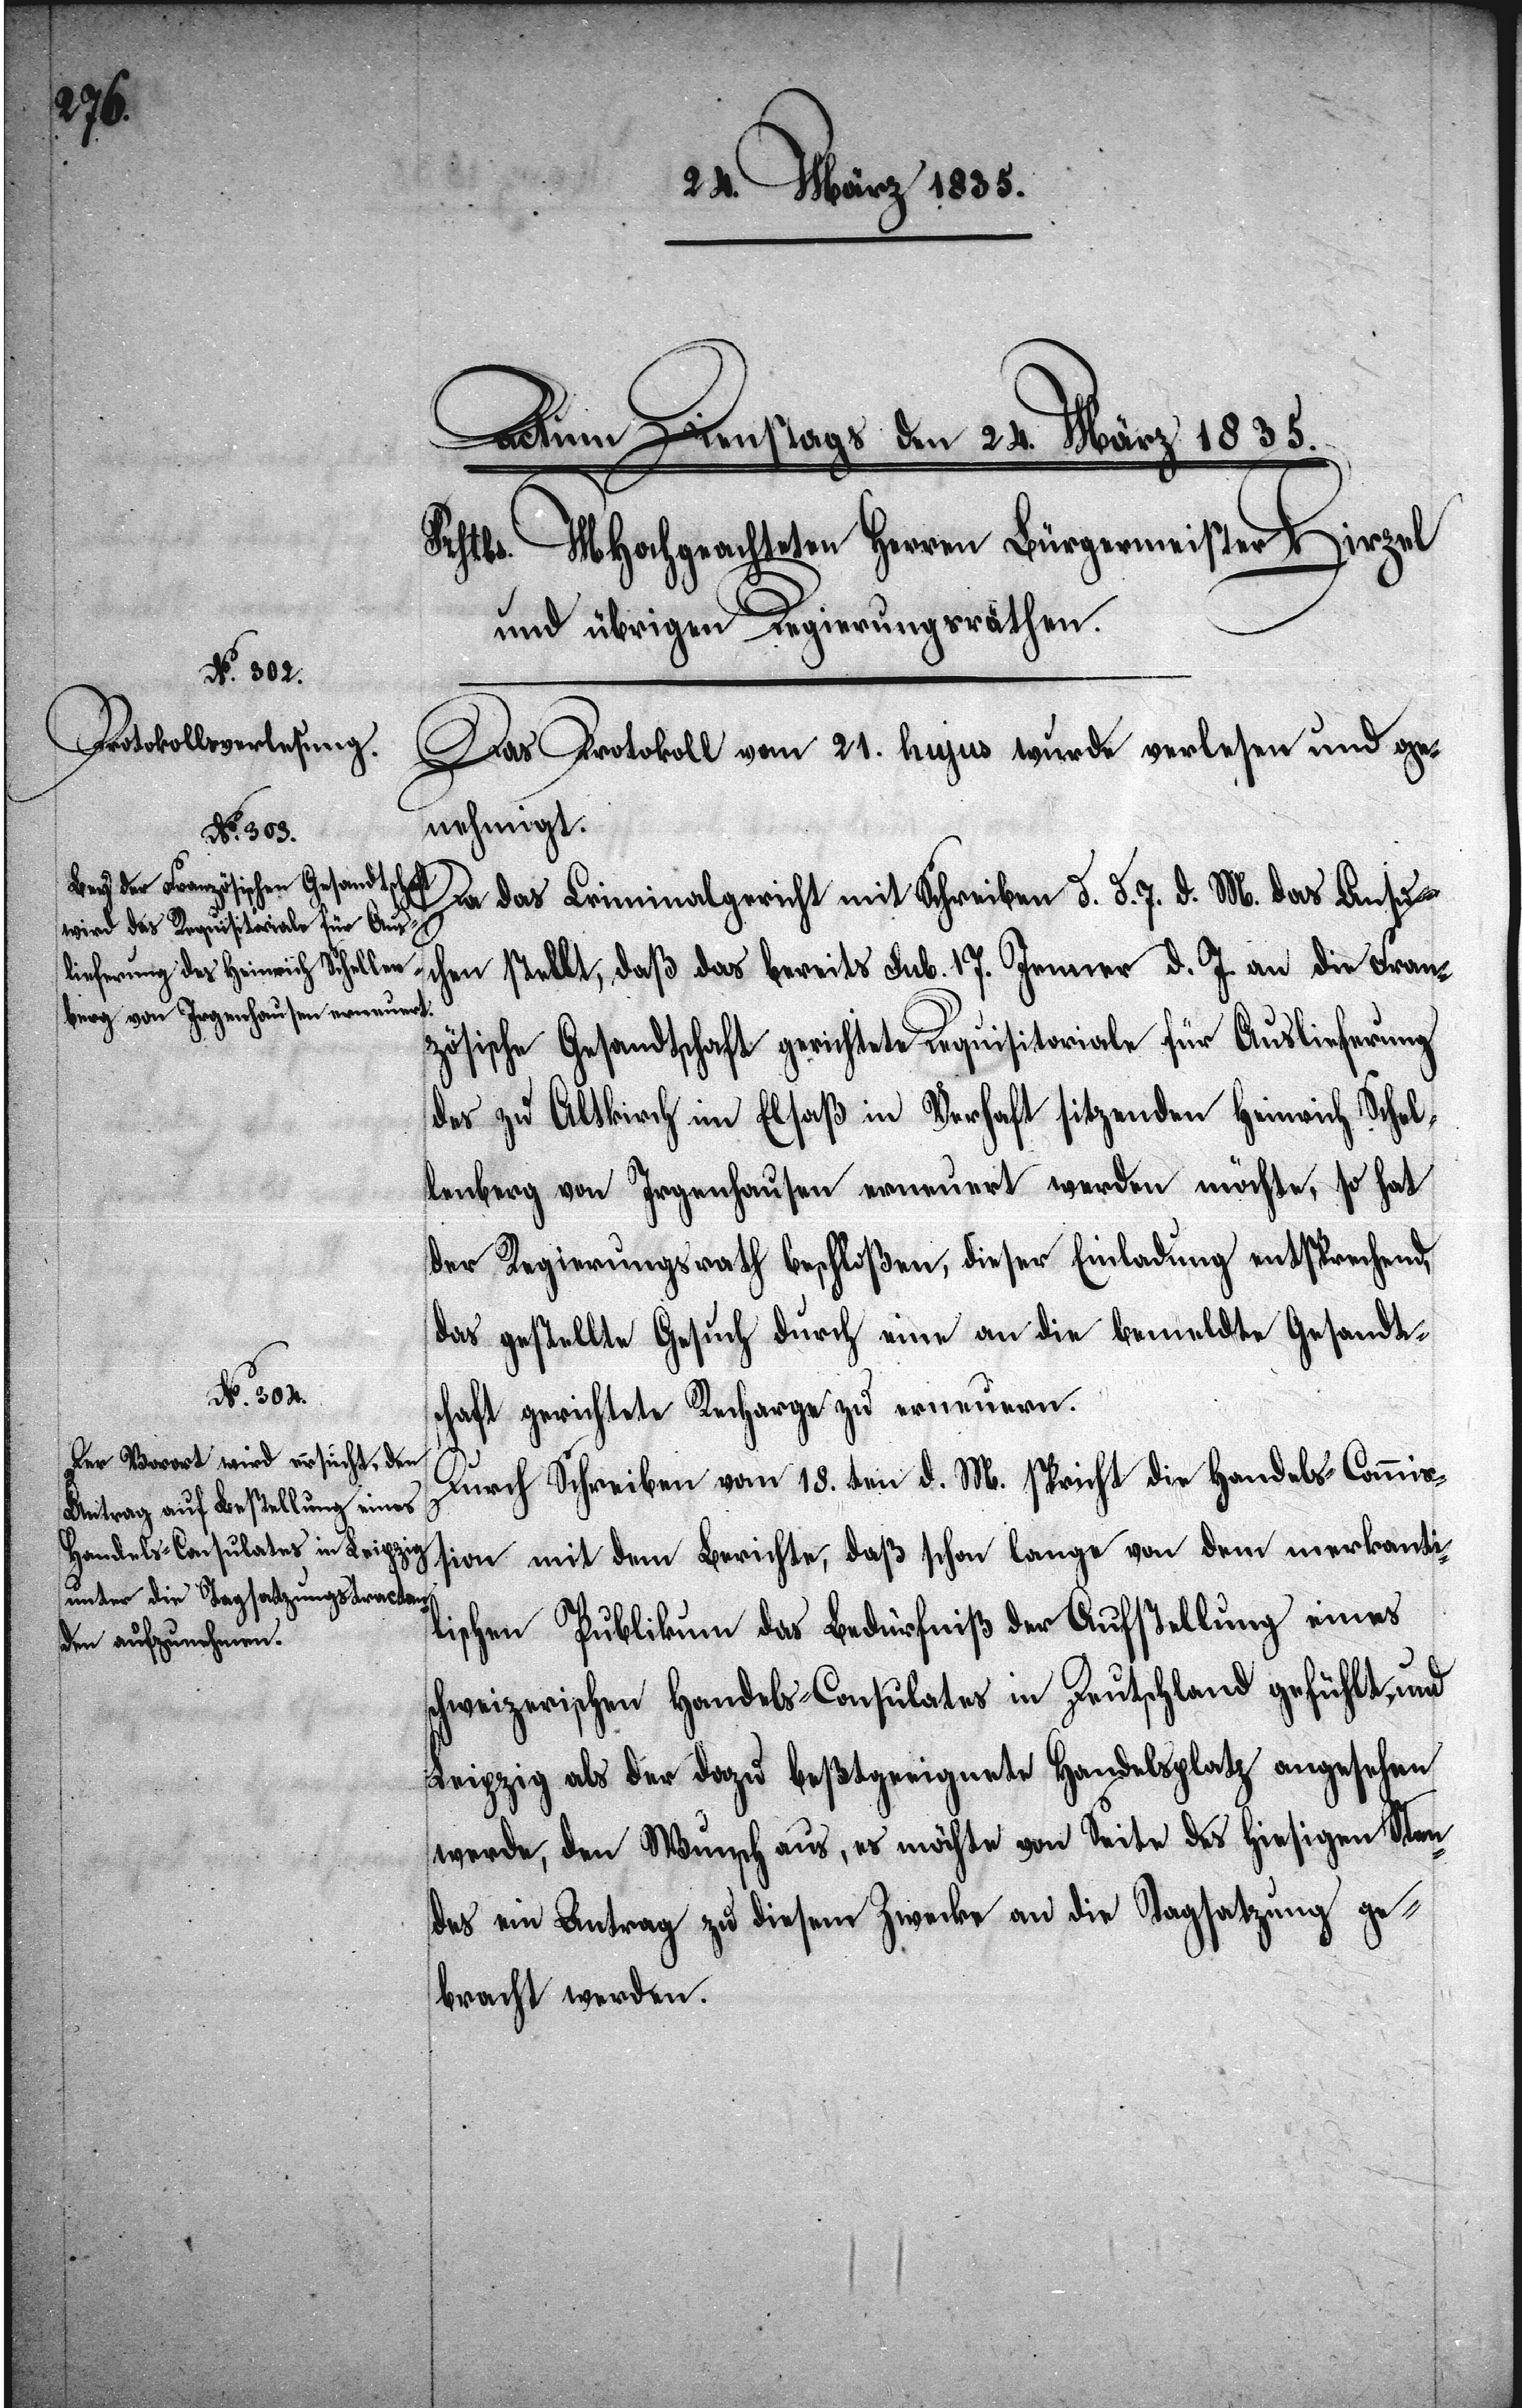
Das Protokoll vom 21. hujus wurde verlesen und ge¬
nehmigt.
lange
Da das Criminalgericht mit Schreiben d. d. 7. d. M. das Ansu¬
chen stellt, daß das bereits sub. 17. Januar d. J. an die Fran¬
zösische Gesandtschaft gerichtete Requisitoriale für Auslieferung
des zu Altkirch im Elsaß in Verhaft sitzenden Heinrich Schel¬
lenberg von Irgenhausen erneuert werden möchte, so hat
der Regierungsrath beschloßen, dieser Einladung entsprechend,
das gestellte Gesuch durch eine an die bemeldte Gesandt¬
merkant¬
schaft gerichtete Recharge zu erneuern.
Durch Schreiben von 18.ten d. M. spricht die Handels-Commißion
ilischen Publikum das Bedürfniß der Aufstellung eines
schweizerischen Handels-Consulates in Deutschland gefühlt, und
Leipzig als der dazu beßtgeeignete Handelsplatz angesehen
werde, den Wunsch aus, es möchte von Seite des hiesigen Stan¬
des ein Antrag zu diesem Zwecke an die Tagsatzung ge¬
bracht werden.